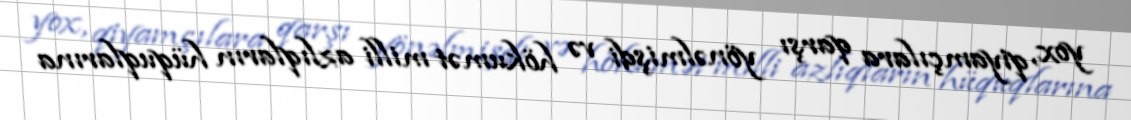
yox, qiyamçılara qarşı yönəlmişdi və hökumət milli azlıqların hüquqlarına